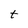
Character: t